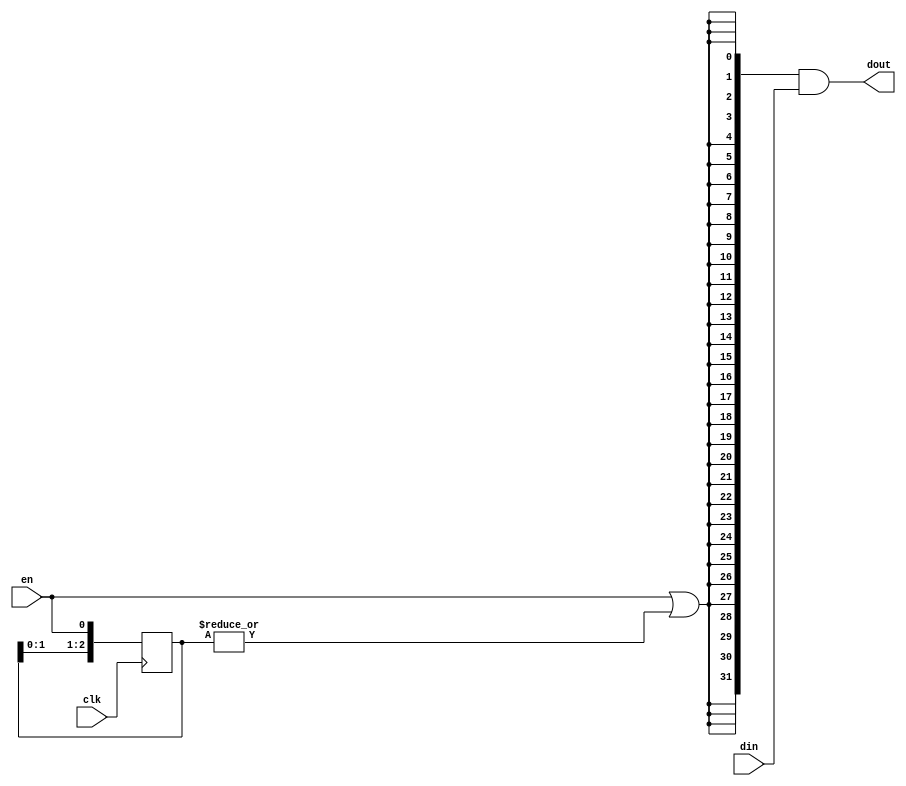
module oh_datagate #(parameter DW = 32, // width of data inputs
		     parameter N  = 3   // min quiet time before shutdown
		     )
   ( 
     input 	     clk, // clock
     input 	     en,  // data valid
     input [DW-1:0]  din, // data input
     output [DW-1:0] dout // data output    
     );
  	  	 
   reg [N-1:0]    enable_pipe;   
   wire 	  enable;
   
   always @ (posedge clk)
     enable_pipe[N-1:0] <= {enable_pipe[N-2:0],en};
   
   //Mask to 0 if no valid for last N cycles
   assign enable = en | (|enable_pipe[N-1:0]);

   assign dout[DW-1:0] = {(DW){enable}} & din[DW-1:0];
  
endmodule